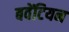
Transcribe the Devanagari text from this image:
बवेंटियन